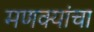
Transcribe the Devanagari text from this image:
मणक्यांचा